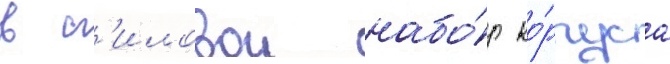
в с'иловои набо́р ко́рпуса